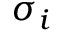
\boldsymbol { \sigma } _ { i }